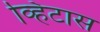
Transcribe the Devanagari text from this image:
व्हिटास